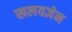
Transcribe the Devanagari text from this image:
खलयज्ञेन